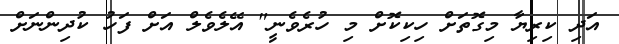
އަދި ކިރިޔާ މިގޮތަށް ހިކިކޮށް މި ހުރެވެނީ" އޭލެވެލް އަށް ފަހު ކުދިންނަށް